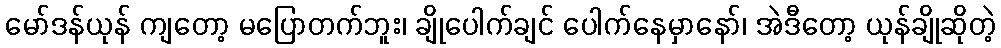
မော်ဒန်ယုန် ကျတော့ မပြောတက်ဘူး၊ ချိုပေါက်ချင် ပေါက်နေမှာနော်၊ အဲဒီတော့ ယုန်ချိုဆိုတဲ့